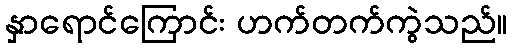
နှာရောင်ကြောင်း ဟက်တက်ကွဲသည်။